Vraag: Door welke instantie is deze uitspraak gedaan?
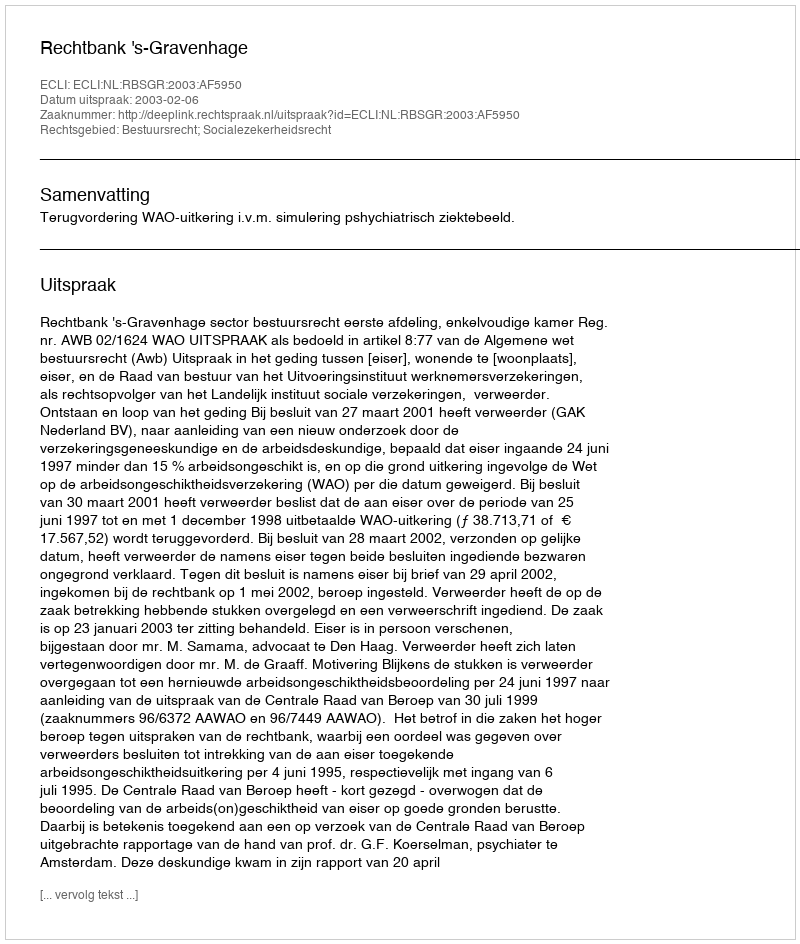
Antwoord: Rechtbank 's-Gravenhage